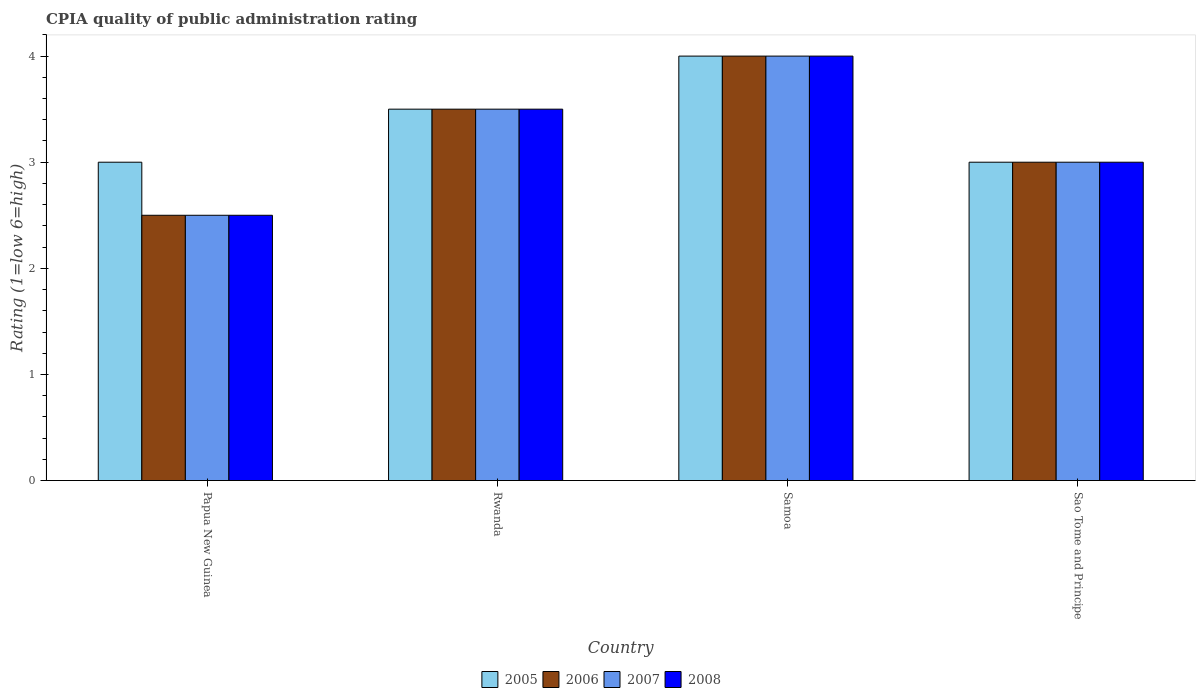
| Country | 2005 | 2006 | 2007 | 2008 |
 | --- | --- | --- | --- | --- |
 | Papua New Guinea | 3 | 2.5 | 2.5 | 2.5 |
 | Rwanda | 3.5 | 3.5 | 3.5 | 3.5 |
 | Samoa | 4 | 4 | 4 | 4 |
 | Sao Tome and Principe | 3 | 3 | 3 | 3 |